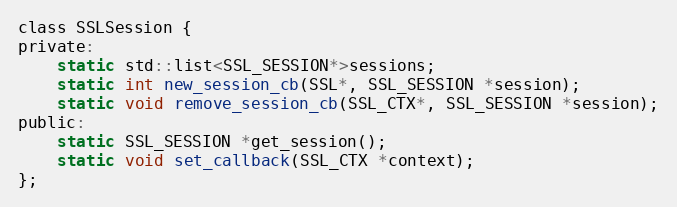
Language: C
class SSLSession {
private:
    static std::list<SSL_SESSION*>sessions;
    static int new_session_cb(SSL*, SSL_SESSION *session);
    static void remove_session_cb(SSL_CTX*, SSL_SESSION *session);
public:
    static SSL_SESSION *get_session();
    static void set_callback(SSL_CTX *context);
};